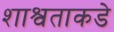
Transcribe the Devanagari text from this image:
शाश्वताकडे